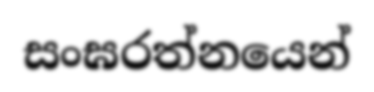
සංඝරත්නයෙන්